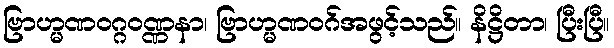
ဗြာဟ္မဏဝဂ္ဂဝဏ္ဏနာ၊ ဗြာဟ္မဏဝဂ်အဖွင့်သည်။ နိဋ္ဌိတာ၊ ပြီးပြီ။